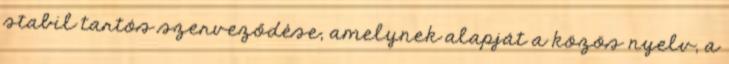
stabil tartós szerveződése, amelynek alapját a közös nyelv, a